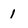
Character: 1